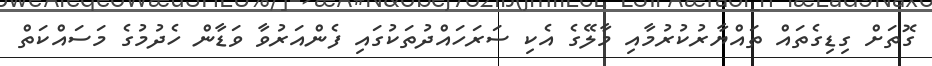
ގޮތަަށް ގިޑިގެތައް ތައްޔާރުކުރުމާއި މާލޭގެ އެކި ސަރަހައްދުތަކުގައި ފެންއަރުވާ ވަޑާން ހެދުމުގެ މަސައްކަތް